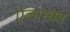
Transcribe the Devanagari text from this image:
ऐलास्का